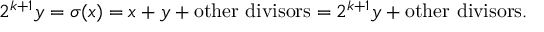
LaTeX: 2 ^ { k + 1 } y = \sigma ( x ) = x + y + { \mathrm { o t h e r ~ d i v i s o r s } } = 2 ^ { k + 1 } y + { \mathrm { o t h e r ~ d i v i s o r s } } .